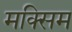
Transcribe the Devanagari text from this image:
मक्सिम